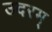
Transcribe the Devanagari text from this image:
उदरम्‌